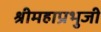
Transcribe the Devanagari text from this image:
श्रीमहाप्रभुजी